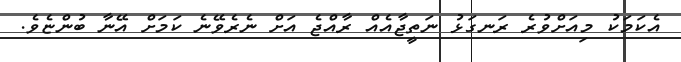
އެކަމަކު މިއަށްވުރެ ރަނގަޅު ނަތީޖާއެއް ރާއްޖެ އަށް ނެރެވޭނެ ކަމަށް އޭނާ ބުންޏެވެ.